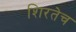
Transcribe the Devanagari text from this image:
शिरतेच